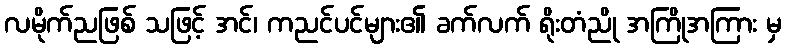
လမိုက်ညဖြစ် သဖြင့် အင်၊ ကညင်ပင်များ၏ ခက်လက် ရိုးတံညို အကြိုအကြား မှ